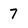
Character: 7